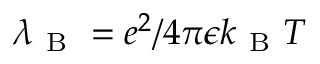
\lambda _ { \mathrm { ~ B ~ } } = e ^ { 2 } / 4 \pi \epsilon k _ { \mathrm { ~ B ~ } } T